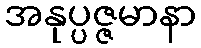
အနုပ္ပဇ္ဇမာနာ